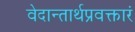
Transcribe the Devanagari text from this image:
वेदान्तार्थप्रवक्तारं